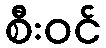
စီးဝင်